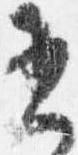
書